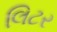
લિટર